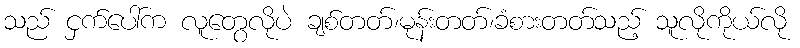
သည် ငှက်ပေါ်က လူတွေလိုပဲ ချစ်တတ်၊မုန်းတတ်၊ခံစားတတ်သည့် သူလိုကိုယ်လို